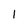
Character: 1